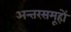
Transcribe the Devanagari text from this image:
अन्तरसमूहों